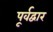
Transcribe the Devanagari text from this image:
पूर्वद्वार